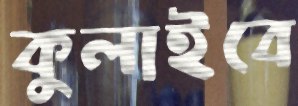
কুলাইবে